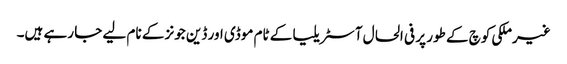
غیرملکی کوچ کے طور پر فی الحال آسٹریلیا کے ٹام موڈی اور ڈین جونز کے نام لیے جا رہے ہیں۔